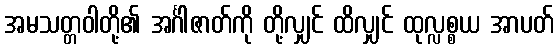
အမသတ္တဝါတို့၏ အင်္ဂါဇာတ်ကို တို့လျှင် ထိလျှင် ထုလ္လစ္စယ အာပတ်